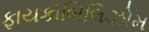
ફાયકોબિલિઝોમ